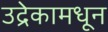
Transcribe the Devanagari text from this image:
उद्रेकामधून